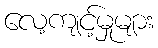
လေ့ကျင့်မှုများ